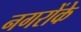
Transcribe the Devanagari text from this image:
नगरोंके